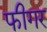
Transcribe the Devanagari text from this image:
फीगर